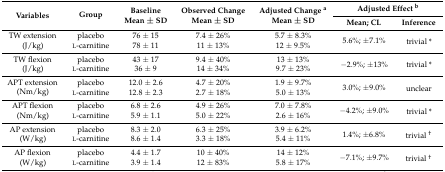
<table><thead><tr><td rowspan="2"><b>Variables</b></td><td rowspan="2"><b>Group</b></td><td rowspan="2"><b>Baseline Mean ± SD</b></td><td rowspan="2"><b>Observed Change Mean ± SD</b></td><td rowspan="2"><b>Adjusted Change <sup>a</sup>Mean ± SD</b></td><td colspan="2"><b>Adjusted Effect <sup>b</sup></b></td></tr><tr><td><b>Mean; CL</b></td><td><b>Inference</b></td></tr></thead><tbody><tr><td rowspan="2">TW extension (J/kg)</td><td>placebo</td><td>76 ± 15</td><td>7.4 ± 26%</td><td>5.7 ± 8.3%</td><td rowspan="2">5.6%; ±7.1%</td><td rowspan="2">trivial *</td></tr><tr><td>l-carnitine</td><td>78 ± 11</td><td>11 ± 13%</td><td>12 ± 9.5%</td></tr><tr><td rowspan="2">TW flexion (J/kg)</td><td>placebo</td><td>43 ± 17</td><td>9.4 ± 40%</td><td>13 ± 13%</td><td rowspan="2">−2.9%; ±13%</td><td rowspan="2">trivial *</td></tr><tr><td>l-carnitine</td><td>36 ± 9</td><td>14 ± 34%</td><td>9.7 ± 23%</td></tr><tr><td rowspan="2">APT extension (Nm/kg)</td><td>placebo</td><td>12.0 ± 2.6</td><td>4.7 ± 20%</td><td>1.9 ± 9.7%</td><td rowspan="2">3.0%; ±9.0%</td><td rowspan="2">unclear</td></tr><tr><td>l-carnitine</td><td>12.8 ± 2.3</td><td>2.7 ± 18%</td><td>5.0 ± 13%</td></tr><tr><td rowspan="2">APT flexion (Nm/kg)</td><td>placebo</td><td>6.8 ± 2.6</td><td>4.9 ± 26%</td><td>7.0 ± 7.8%</td><td rowspan="2">−4.2%; ±9.0%</td><td rowspan="2">trivial *</td></tr><tr><td>l-carnitine</td><td>5.9 ± 1.1</td><td>5.0 ± 22%</td><td>2.6 ± 16%</td></tr><tr><td rowspan="2">AP extension (W/kg)</td><td>placebo</td><td>8.3 ± 2.0</td><td>6.3 ± 25%</td><td>3.9 ± 6.2%</td><td rowspan="2">1.4%; ±6.8%</td><td rowspan="2">trivial <sup>†</sup></td></tr><tr><td>l-carnitine</td><td>8.6 ± 1.4</td><td>3.3 ± 18%</td><td>5.4 ± 11%</td></tr><tr><td rowspan="2">AP flexion (W/kg)</td><td>placebo</td><td>4.4 ± 1.7</td><td>10 ± 40%</td><td>14 ± 12%</td><td rowspan="2">−7.1%; ±9.7%</td><td rowspan="2">trivial <sup>†</sup></td></tr><tr><td>l-carnitine</td><td>3.9 ± 1.4</td><td>12 ± 83%</td><td>5.8 ± 17%</td></tr></tbody></table>